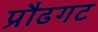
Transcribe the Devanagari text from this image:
प्रौढगट